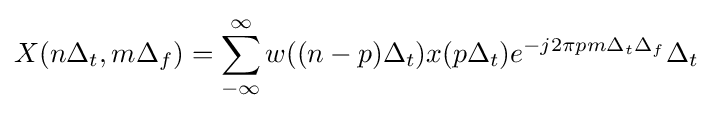
X(n\Delta _{t},m\Delta _{f})=\sum _{-\infty }^{\infty }w((n-p)\Delta _{t})x(p\Delta _{t})e^{-j2\pi pm\Delta _{t}\Delta _{f}}\Delta _{t}